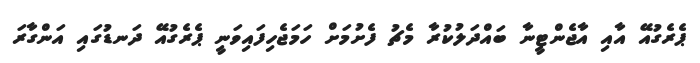
ޕެރެގުއޭ އާއި އާޖެންޓީނާ ބައްދަލުކުރާ މެޗު ފެށުމަށް ހަމަޖެހިފައިވަނީ ޕެރެގުއޭ ދަނޑުގައި އަންގާރަ